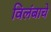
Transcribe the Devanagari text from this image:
विलंबाचे